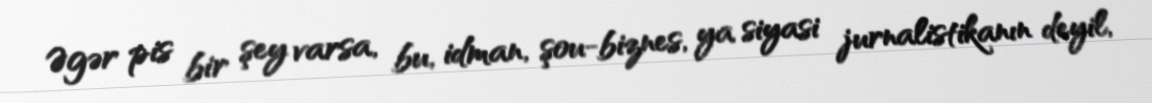
Əgər pis bir şey varsa, bu, idman, şou-biznes, ya siyasi jurnalistikanın deyil,